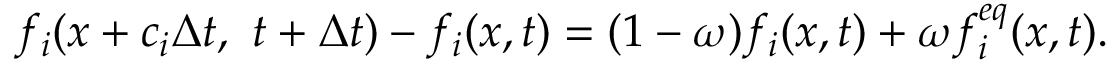
f _ { i } ( x + c _ { i } \Delta t , ~ t + \Delta t ) - f _ { i } ( x , t ) = ( 1 - \omega ) f _ { i } ( x , t ) + \omega f _ { i } ^ { e q } ( x , t ) .